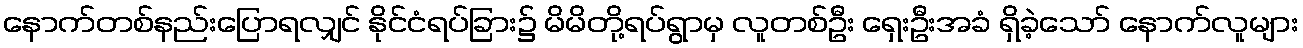
နောက်တစ်နည်းပြောရလျှင် နိုင်ငံရပ်ခြား၌ မိမိတို့ရပ်ရွာမှ လူတစ်ဦး ရှေးဦးအခံ ရှိခဲ့သော် နောက်လူများ